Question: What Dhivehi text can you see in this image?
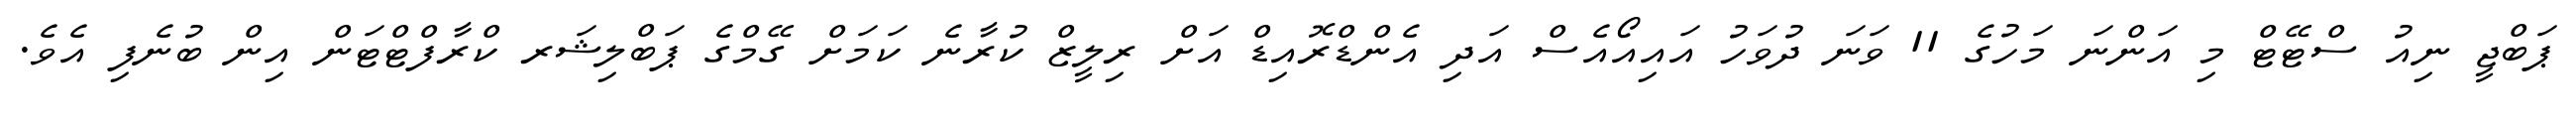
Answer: ޕަބްޖީ ނިއު ސްޓޭޓް މި އަންނަ މަހުގެ 11 ވަނަ ދުވަހު އައިއޯއެސް އަދި އެންޑްރޮއިޑް އަށް ރިލީޒް ކުރާނެ ކަމަށް ގޭމްގެ ޕަބްލިޝަރ ކްރާފްޓްޓަން އިން ބުނެފި އެވެ.